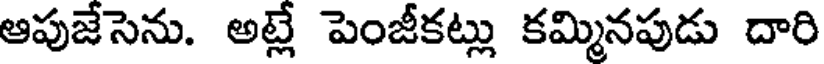
ఆపుజేసెను. అట్లే పెంజీకట్లు కమ్మినపుడు దారి